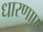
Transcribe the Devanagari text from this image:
धारणाए